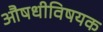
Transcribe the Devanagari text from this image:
औषधीविषयक